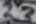
Text: 23